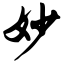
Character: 妙